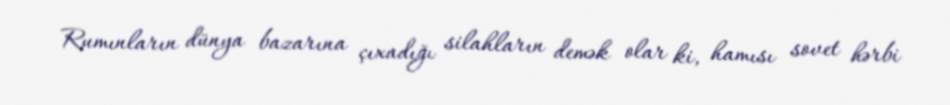
Rumınların dünya bazarına çıxadığı silahların demək olar ki, hamısı sovet hərbi